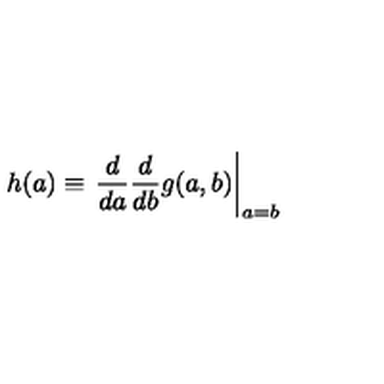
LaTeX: h ( a ) \equiv \left. { \frac { d } { d a } } { \frac { d } { d b } } g ( a , b ) \right| _ { a = b }